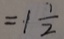
= 1 \frac { 1 } { 2 }